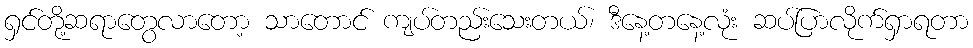
ရှင်တို့ဆရာတွေလာတော့ သာတောင် ကျပ်တည်းသေးတယ်၊ ဒီနေ့တနေ့လုံး ဆပ်ပြာလိုက်ရှာရတာ